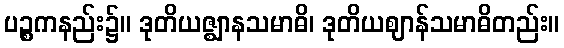
ပဉ္စကနည်း၌။ ဒုတိယဇ္ဈာနသမာဓိ၊ ဒုတိယဈာန်သမာဓိတည်း။